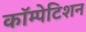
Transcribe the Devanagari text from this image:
कॉम्पेटिशन